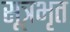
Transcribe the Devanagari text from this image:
सूत्रभृत